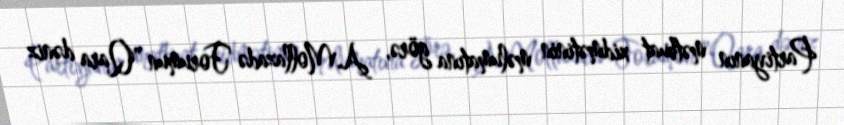
Partiyanın mətbuat xidmətinin məlumatına görə, A.Mollazadə Forumun "Qara dəniz